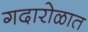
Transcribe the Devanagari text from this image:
गदारोळात